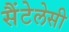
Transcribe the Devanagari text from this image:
सैंटेलेसी